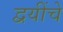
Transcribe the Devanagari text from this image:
द्वयींचे